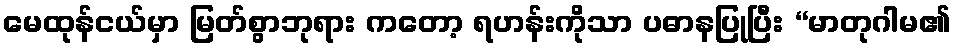
မေထုန်ငယ်မှာ မြတ်စွာဘုရား ကတော့ ရဟန်းကိုသာ ပဓာနပြုပြီး “မာတုဂါမ၏